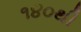
૧૪૦થી